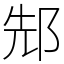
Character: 䢾